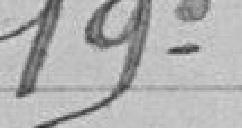
19°